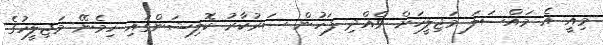
މިއީ އެ މައްސަލަ މަޖިލީހަށް ވެއްދި ފަހުން ސަރުކާރު ކޮލިޝަންގައި ހިމެނޭ މަޖިލީހުގެ